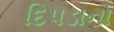
દિપડાનો